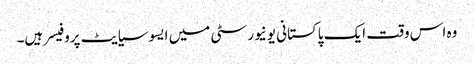
وہ اس وقت ایک پاکستانی یونیورسٹی میں ایسوسیایٹ پروفیسر ہیں۔